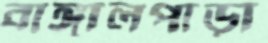
বাঙ্গালপাড়া